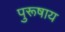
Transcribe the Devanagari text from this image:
पुरूषाय